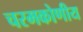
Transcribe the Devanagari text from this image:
चरमकोणीय